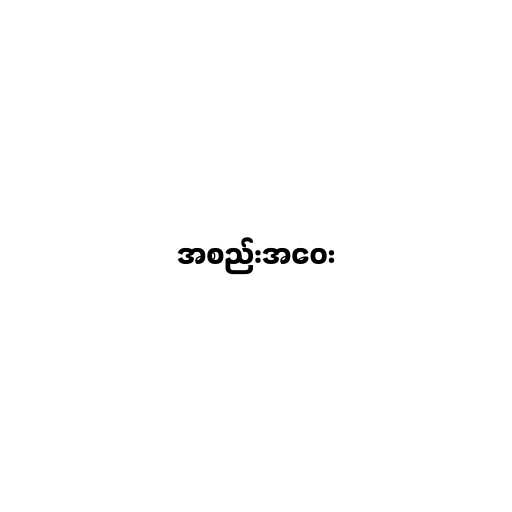
အစည်းအဝေး